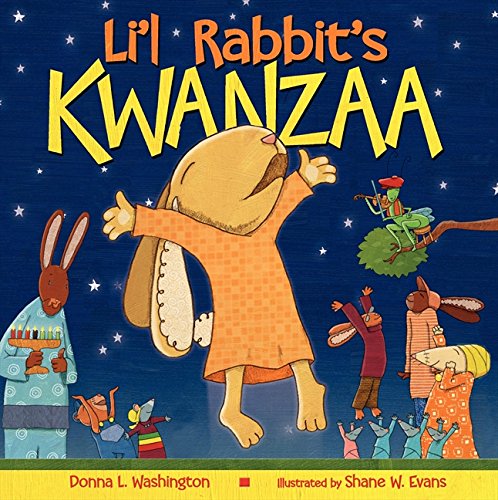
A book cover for Li'l Rabbit's Kwanzaa; Donna L. Washington; Children's Books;